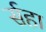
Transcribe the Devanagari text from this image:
र्सहा